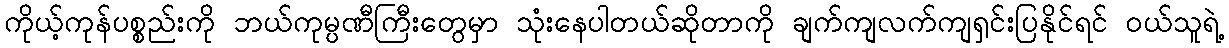
ကိုယ့်ကုန်ပစ္စည်းကို ဘယ်ကုမ္ပဏီကြီးတွေမှာ သုံးနေပါတယ်ဆိုတာကို ချက်ကျလက်ကျရှင်းပြနိုင်ရင် ၀ယ်သူရဲ့